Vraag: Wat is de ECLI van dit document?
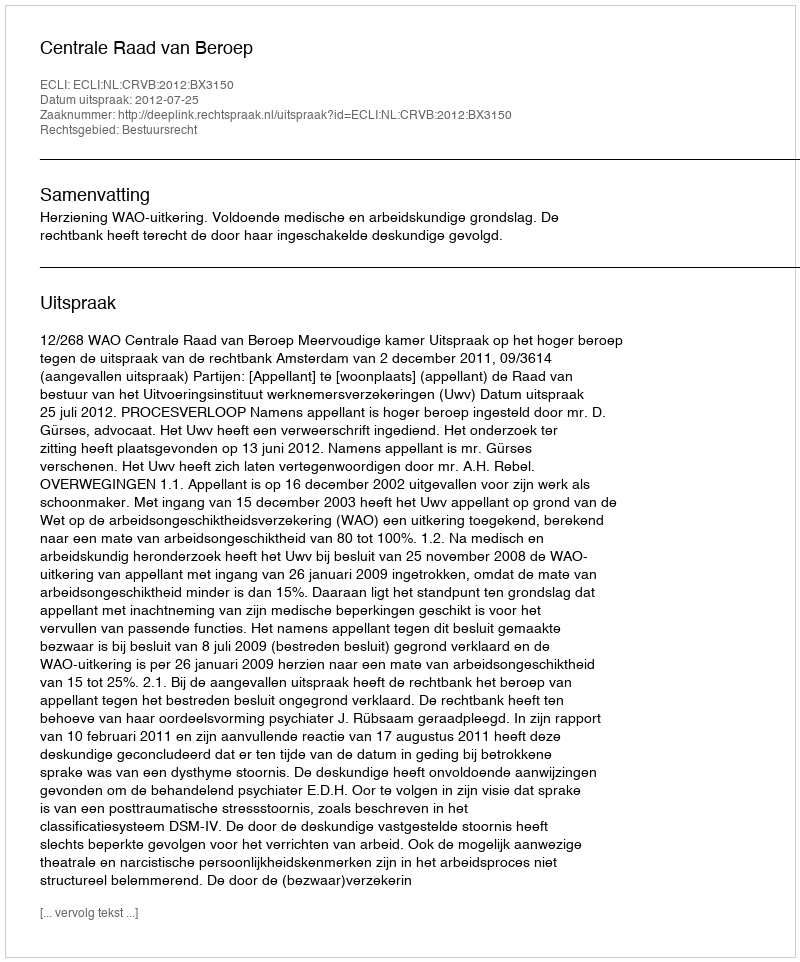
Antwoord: ECLI:NL:CRVB:2012:BX3150